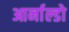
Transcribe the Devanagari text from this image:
आर्नाल्डो